Vaccine operations Central Provinces & Berar 1912-1920 - 1912-1920
Year: 1912
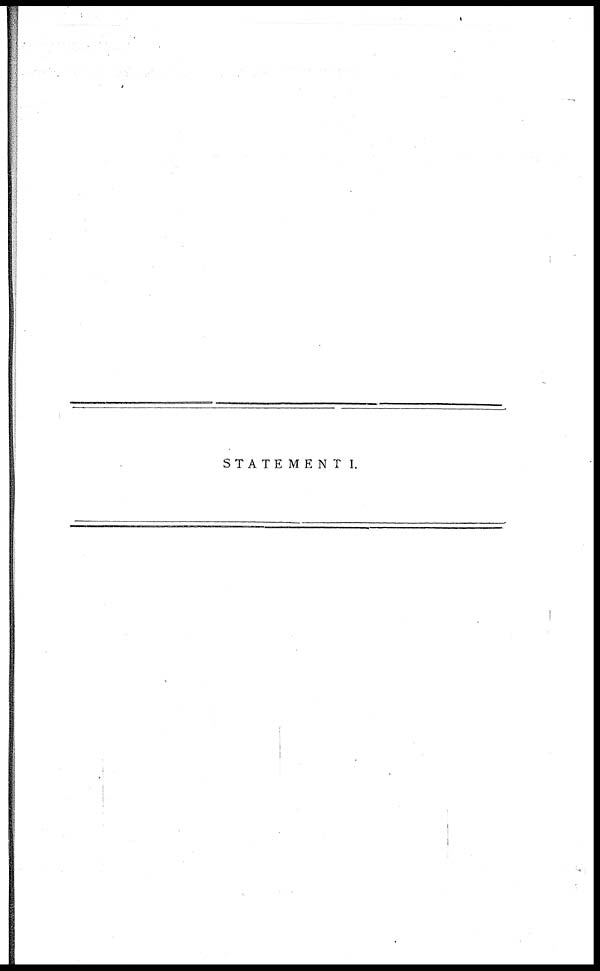
STATEMENT I.